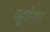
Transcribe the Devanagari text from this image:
पहुचेगा।